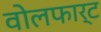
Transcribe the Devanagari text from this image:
वोलफार्ट